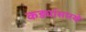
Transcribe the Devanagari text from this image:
कड्यांसारखे